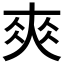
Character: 𡙁